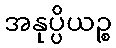
အနုပ္ပိယဉ္စ